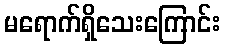
မရောက်ရှိသေးကြောင်း